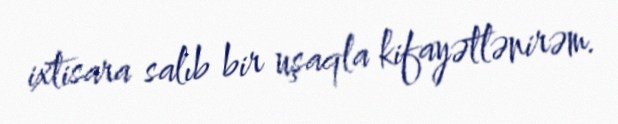
ixtisara salıb bir uşaqla kifayətlənirəm.